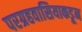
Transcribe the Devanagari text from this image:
परग्रहवासियाकडून